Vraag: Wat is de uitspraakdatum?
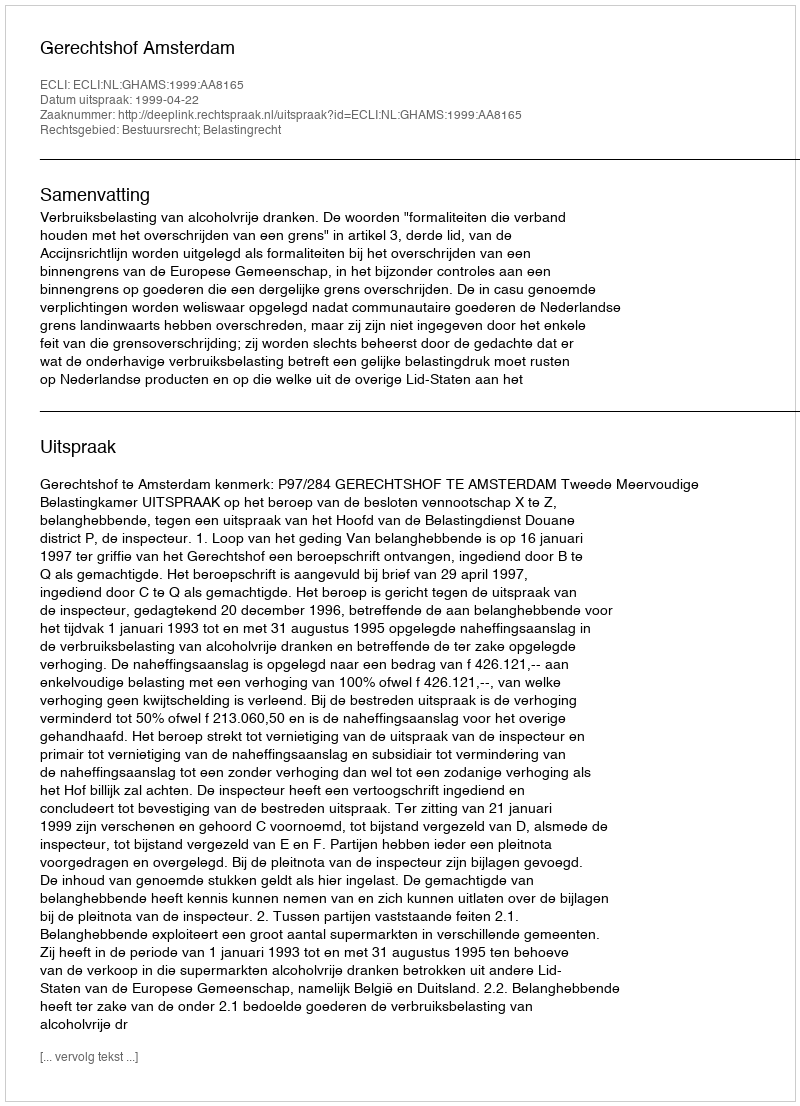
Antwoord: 1999-04-22